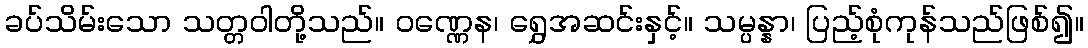
ခပ်သိမ်းသော သတ္တဝါတို့သည်။ ဝဏ္ဏေန၊ ရွှေအဆင်းနှင့်။ သမ္ပန္နာ၊ ပြည့်စုံကုန်သည်ဖြစ်၍။